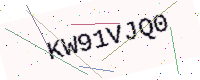
Text: KW91VJQ0